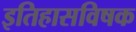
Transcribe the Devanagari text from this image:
इतिहासविषक